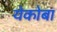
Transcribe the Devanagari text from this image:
येकोबा